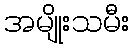
အမျိုးသမီး